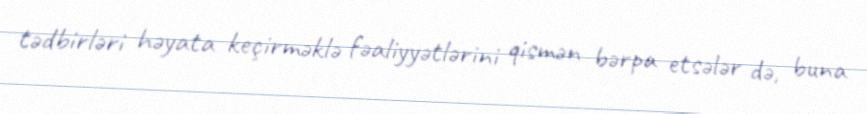
tədbirləri həyata keçirməklə fəaliyyətlərini qismən bərpa etsələr də, buna